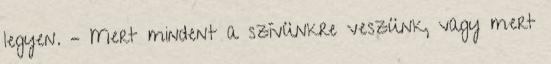
legyen. – Mert mindent a szívünkre veszünk, vagy mert